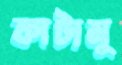
কাটামু